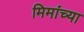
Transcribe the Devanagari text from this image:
मिमांच्या